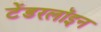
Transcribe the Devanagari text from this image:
टेंडरलॉइन